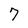
Character: 7